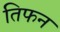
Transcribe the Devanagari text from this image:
तिफन